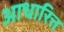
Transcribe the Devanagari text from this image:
आधारित्त